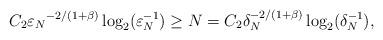
LaTeX: \begin{align*} C_2 {\varepsilon_N}^{-2/(1+\beta)} \log_2(\varepsilon_N^{-1}) \ge N = C_2 \delta_N^{-2/(1+\beta)} \log_2(\delta_N^{-1}), \end{align*}